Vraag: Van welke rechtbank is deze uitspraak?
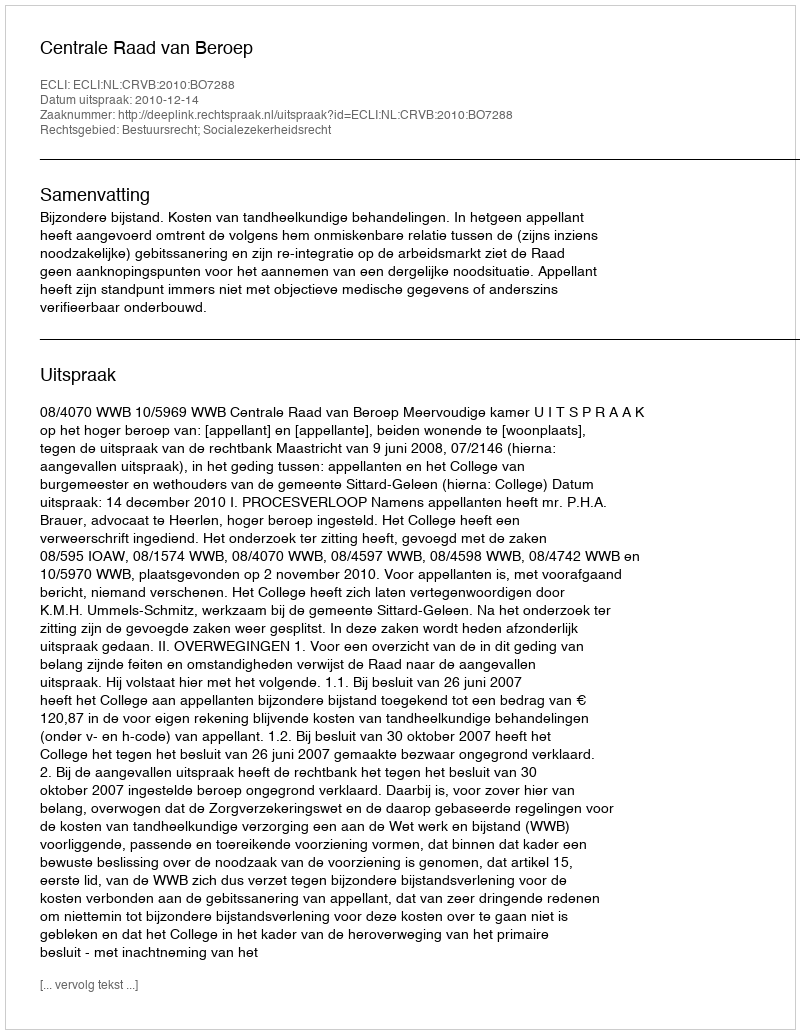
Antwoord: Centrale Raad van Beroep